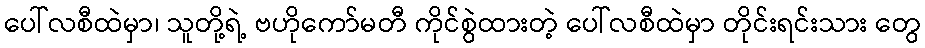
ပေါ်လစီထဲမှာ၊ သူတို့ရဲ့ ဗဟိုကော်မတီ ကိုင်စွဲထားတဲ့ ပေါ်လစီထဲမှာ တိုင်းရင်းသား တွေ